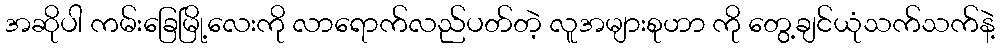
အဆိုပါ ကမ်းခြေမြို့လေးကို လာရောက်လည်ပတ်တဲ့ လူအများစုဟာ ကို တွေ့ချင်ယုံသက်သက်နဲ့